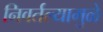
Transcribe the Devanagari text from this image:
निवर्तल्यामुळे